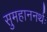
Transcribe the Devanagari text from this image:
सुमहाननर्थः